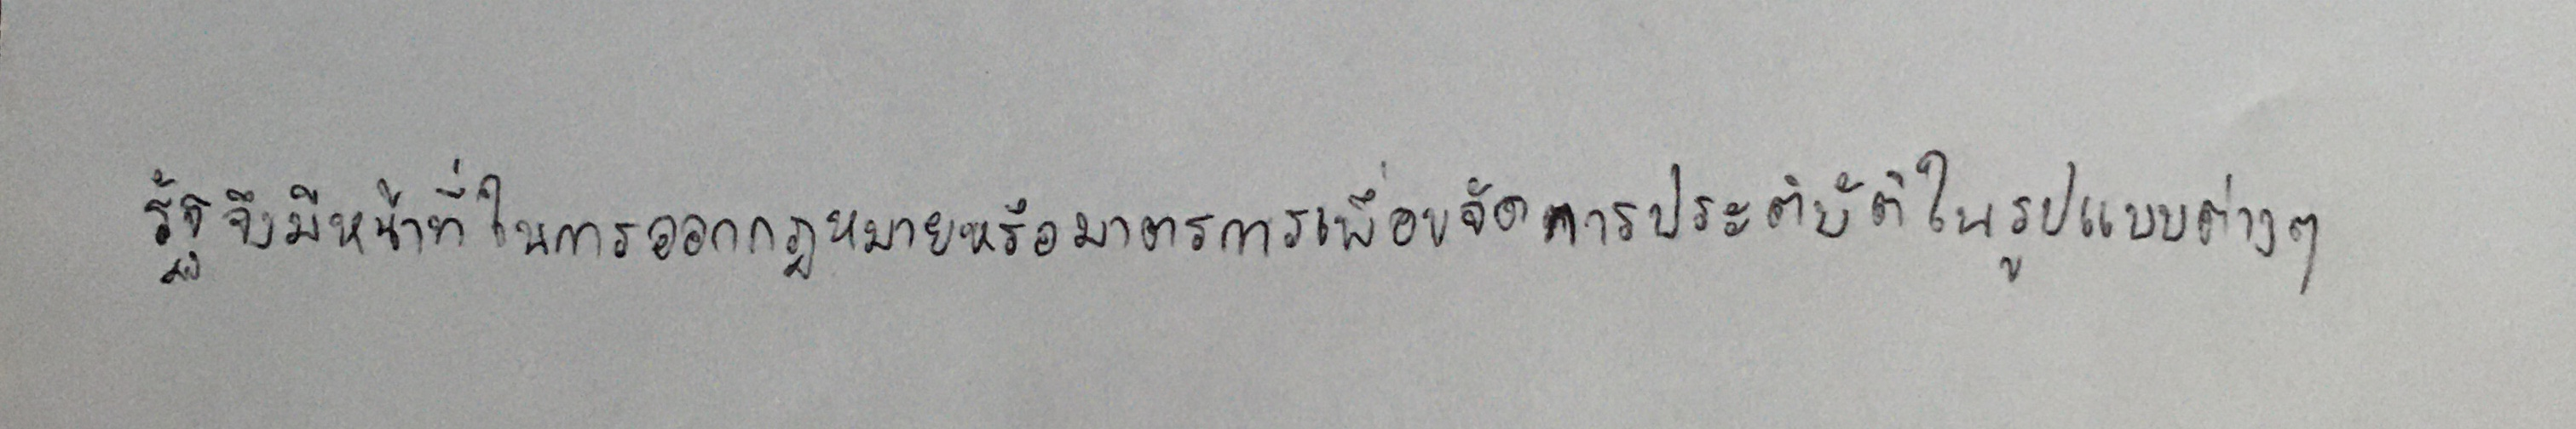
รัฐจึงมีหน้าที่ในการออกกฎหมายหรือมาตรการเพื่อขจัดการเลือกประติบัติในรูปแบบต่างๆ